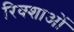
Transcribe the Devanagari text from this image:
रिक्शाओं